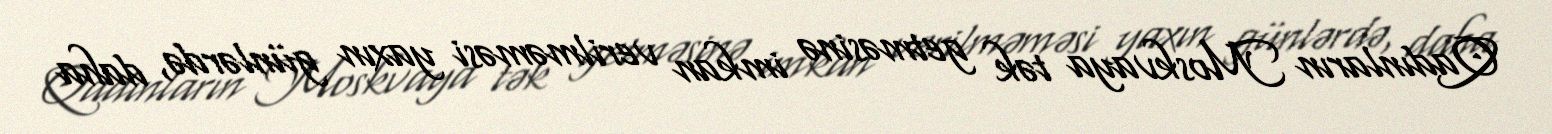
Qadınların Moskvaya tək getməsinə imkan verilməməsi yaxın günlərdə, daha